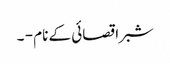
شبرا قصائی کے نام - ۔